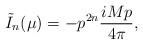
LaTeX: \begin{align*}\tilde{I}_n(\mu)=-p^{2n} \frac{i M p}{4 \pi},\end{align*}